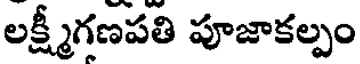
లక్ష్మీగణపతి పూజాకల్పం